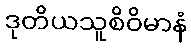
ဒုတိယသူစိဝိမာနံ